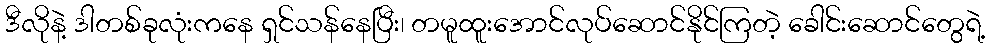
ဒီလိုနဲ့ ဒါတစ်ခုလုံးကနေ ရှင်သန်နေပြီး၊ တမူထူးအောင်လုပ်ဆောင်နိုင်ကြတဲ့ ခေါင်းဆောင်တွေရဲ့